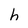
Character: h